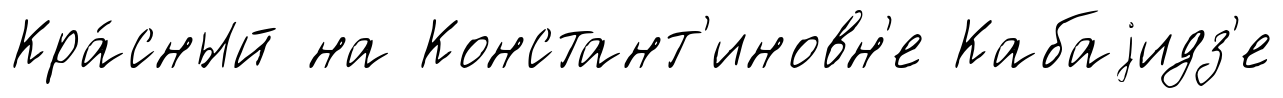
Кра́сный на Констант'иновн'е Кабаjидз'е